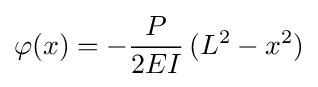
\varphi (x)=-{\frac {P}{2EI}}\,(L^{2}-x^{2})